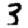
Digit: 3